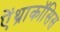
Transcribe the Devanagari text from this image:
ऐंथ्राकॉसिस